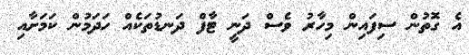
އެ ގޮތުން ސިފައިން މިހާރު ވެސް ދަނީ ޓާފް ދަނޑުތަކެއް ހަދަމުން ކަމަށާއި